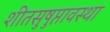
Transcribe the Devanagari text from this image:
शीतसुषुप्तावस्था